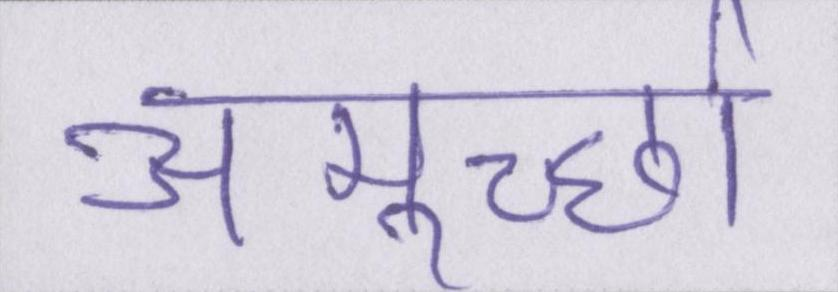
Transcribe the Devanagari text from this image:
अमूर्च्छा